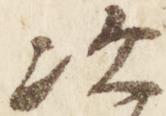
次